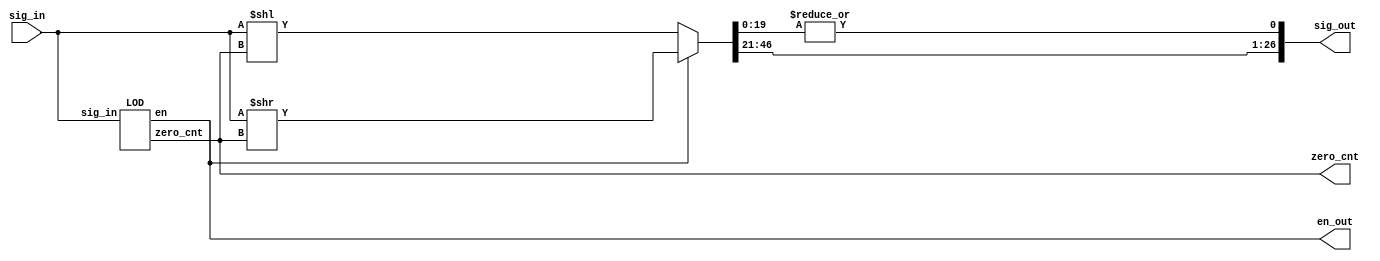
module normalize (sig_in, sig_out, zero_cnt, en_out);
    
    input [49:0] sig_in;
    output [26:0] sig_out;
    output [5:0] zero_cnt;
    output en_out;

    wire [49:0] tmp;
    wire s_bit, en;

    assign en_out = en;

    LOD lod (.sig_in(sig_in), .zero_cnt(zero_cnt), .en(en));

    assign tmp =  (en)? sig_in >> zero_cnt : sig_in << zero_cnt;
    assign s_bit = |tmp[19:0];
    assign sig_out = {tmp[46:21], s_bit};


endmodule










module LOD (sig_in, zero_cnt, en);

    input [49:0] sig_in;
    output reg en;
    output reg [5:0] zero_cnt;

    always @(sig_in) begin
        casex(sig_in)
            default : begin
                en = 1'b0;
                zero_cnt = 6'd0;
            end
            50'b1x_xxxx_xxxx_xxxx_xxxx_xxxx_xxxx_xxxx_xxxx_xxxx_xxxx_xxxx_xxxx :begin
                en = 1'b1;
                zero_cnt = 6'd3;
            end 
            50'b01_xxxx_xxxx_xxxx_xxxx_xxxx_xxxx_xxxx_xxxx_xxxx_xxxx_xxxx_xxxx : begin
                en = 1'b1;
                zero_cnt = 6'd2;
            end

            50'b00_1xxx_xxxx_xxxx_xxxx_xxxx_xxxx_xxxx_xxxx_xxxx_xxxx_xxxx_xxxx : begin
                en = 1'b1;
                zero_cnt = 6'd1;
            end
            50'b00_01xx_xxxx_xxxx_xxxx_xxxx_xxxx_xxxx_xxxx_xxxx_xxxx_xxxx_xxxx : begin
                en = 1'b1;
                zero_cnt = 6'd0;
            end
            50'b00_001x_xxxx_xxxx_xxxx_xxxx_xxxx_xxxx_xxxx_xxxx_xxxx_xxxx_xxxx : begin
                en = 1'b0;
                zero_cnt = 6'd1;
            end
            50'b00_0001_xxxx_xxxx_xxxx_xxxx_xxxx_xxxx_xxxx_xxxx_xxxx_xxxx_xxxx : begin
                en = 1'b0;
                zero_cnt = 6'd2;
            end
            50'b00_0000_1xxx_xxxx_xxxx_xxxx_xxxx_xxxx_xxxx_xxxx_xxxx_xxxx_xxxx : begin
                en = 1'b0;
                zero_cnt = 6'd3;
            end
            50'b00_0000_01xx_xxxx_xxxx_xxxx_xxxx_xxxx_xxxx_xxxx_xxxx_xxxx_xxxx : begin
                en = 1'b0;
                zero_cnt = 6'd4;
            end
            50'b00_0000_001x_xxxx_xxxx_xxxx_xxxx_xxxx_xxxx_xxxx_xxxx_xxxx_xxxx : begin
                en = 1'b0;
                zero_cnt = 6'd5;
            end
            50'b00_0000_0001_xxxx_xxxx_xxxx_xxxx_xxxx_xxxx_xxxx_xxxx_xxxx_xxxx : begin
                en = 1'b0;
                zero_cnt = 6'd6;
            end
            50'b00_0000_0000_1xxx_xxxx_xxxx_xxxx_xxxx_xxxx_xxxx_xxxx_xxxx_xxxx : begin
                en = 1'b0;
                zero_cnt = 6'd7;
            end
            50'b00_0000_0000_01xx_xxxx_xxxx_xxxx_xxxx_xxxx_xxxx_xxxx_xxxx_xxxx : begin
                en = 1'b0;
                zero_cnt = 6'd8;
            end
            50'b00_0000_0000_001x_xxxx_xxxx_xxxx_xxxx_xxxx_xxxx_xxxx_xxxx_xxxx : begin
                en = 1'b0;
                zero_cnt = 6'd9;
            end
            50'b00_0000_0000_0001_xxxx_xxxx_xxxx_xxxx_xxxx_xxxx_xxxx_xxxx_xxxx : begin
                en = 1'b0;
                zero_cnt = 6'd10;
            end
            50'b00_0000_0000_0000_1xxx_xxxx_xxxx_xxxx_xxxx_xxxx_xxxx_xxxx_xxxx : begin
                en = 1'b0;
                zero_cnt = 6'd11;
            end
            50'b00_0000_0000_0000_01xx_xxxx_xxxx_xxxx_xxxx_xxxx_xxxx_xxxx_xxxx : begin
                en = 1'b0;
                zero_cnt = 6'd12;
            end
            50'b00_0000_0000_0000_001x_xxxx_xxxx_xxxx_xxxx_xxxx_xxxx_xxxx_xxxx : begin
                en = 1'b0;
                zero_cnt = 6'd13;
            end
            50'b00_0000_0000_0000_0001_xxxx_xxxx_xxxx_xxxx_xxxx_xxxx_xxxx_xxxx : begin
                en = 1'b0;
                zero_cnt = 6'd14;
            end
            50'b00_0000_0000_0000_0000_1xxx_xxxx_xxxx_xxxx_xxxx_xxxx_xxxx_xxxx : begin
                en = 1'b0;
                zero_cnt = 6'd15;
            end
            50'b00_0000_0000_0000_0000_01xx_xxxx_xxxx_xxxx_xxxx_xxxx_xxxx_xxxx : begin
                en = 1'b0;
                zero_cnt = 6'd16;
            end
            50'b00_0000_0000_0000_0000_001x_xxxx_xxxx_xxxx_xxxx_xxxx_xxxx_xxxx : begin
                en = 1'b0;
                zero_cnt = 6'd17;
            end
            50'b00_0000_0000_0000_0000_0001_xxxx_xxxx_xxxx_xxxx_xxxx_xxxx_xxxx : begin
                en = 1'b0;
                zero_cnt = 6'd18;
            end
            50'b00_0000_0000_0000_0000_0000_1xxx_xxxx_xxxx_xxxx_xxxx_xxxx_xxxx : begin
                en = 1'b0;
                zero_cnt = 6'd19;
            end
            50'b00_0000_0000_0000_0000_0000_01xx_xxxx_xxxx_xxxx_xxxx_xxxx_xxxx : begin
                en = 1'b0;
                zero_cnt = 6'd20;
            end
            50'b00_0000_0000_0000_0000_0000_001x_xxxx_xxxx_xxxx_xxxx_xxxx_xxxx : begin
                en = 1'b0;
                zero_cnt = 6'd21;
            end
            50'b00_0000_0000_0000_0000_0000_0001_xxxx_xxxx_xxxx_xxxx_xxxx_xxxx : begin
                en = 1'b0;
                zero_cnt = 6'd22;
            end
            50'b00_0000_0000_0000_0000_0000_0000_1xxx_xxxx_xxxx_xxxx_xxxx_xxxx : begin
                en = 1'b0;
                zero_cnt = 6'd23;
            end
            50'b00_0000_0000_0000_0000_0000_0000_01xx_xxxx_xxxx_xxxx_xxxx_xxxx : begin
                en = 1'b0;
                zero_cnt = 6'd24;
            end
            50'b00_0000_0000_0000_0000_0000_0000_001x_xxxx_xxxx_xxxx_xxxx_xxxx : begin
                en = 1'b0;
                zero_cnt = 6'd25;
            end
            50'b00_0000_0000_0000_0000_0000_0000_0001_xxxx_xxxx_xxxx_xxxx_xxxx : begin
                en = 1'b0;
                zero_cnt = 6'd26;
            end
            50'b00_0000_0000_0000_0000_0000_0000_0000_1xxx_xxxx_xxxx_xxxx_xxxx : begin
                en = 1'b0;
                zero_cnt = 6'd27;
            end
            50'b00_0000_0000_0000_0000_0000_0000_0000_01xx_xxxx_xxxx_xxxx_xxxx : begin
                en = 1'b0;
                zero_cnt = 6'd28;
            end
            50'b00_0000_0000_0000_0000_0000_0000_0000_001x_xxxx_xxxx_xxxx_xxxx : begin
                en = 1'b0;
                zero_cnt = 6'd29;
            end
            50'b00_0000_0000_0000_0000_0000_0000_0000_0001_xxxx_xxxx_xxxx_xxxx : begin
                en = 1'b0;
                zero_cnt = 6'd30;
            end
            50'b00_0000_0000_0000_0000_0000_0000_0000_0000_1xxx_xxxx_xxxx_xxxx : begin
                en = 1'b0;
                zero_cnt = 6'd31;
            end
            50'b00_0000_0000_0000_0000_0000_0000_0000_0000_01xx_xxxx_xxxx_xxxx : begin
                en = 1'b0;
                zero_cnt = 6'd32;
            end
            50'b00_0000_0000_0000_0000_0000_0000_0000_0000_001x_xxxx_xxxx_xxxx : begin
                en = 1'b0;
                zero_cnt = 6'd33;
            end
            50'b00_0000_0000_0000_0000_0000_0000_0000_0000_0001_xxxx_xxxx_xxxx : begin
                en = 1'b0;
                zero_cnt = 6'd34;
            end
            50'b00_0000_0000_0000_0000_0000_0000_0000_0000_0000_1xxx_xxxx_xxxx : begin
                en = 1'b0;
                zero_cnt = 6'd35;
            end
            50'b00_0000_0000_0000_0000_0000_0000_0000_0000_0000_01xx_xxxx_xxxx : begin
                en = 1'b0;
                zero_cnt = 6'd36;
            end
            50'b00_0000_0000_0000_0000_0000_0000_0000_0000_0000_001x_xxxx_xxxx : begin
                en = 1'b0;
                zero_cnt = 6'd37;
            end
            50'b00_0000_0000_0000_0000_0000_0000_0000_0000_0000_0001_xxxx_xxxx : begin
                en = 1'b0;
                zero_cnt = 6'd38;
            end
            50'b00_0000_0000_0000_0000_0000_0000_0000_0000_0000_0000_1xxx_xxxx : begin
                en = 1'b0;
                zero_cnt = 6'd39;
            end
            50'b00_0000_0000_0000_0000_0000_0000_0000_0000_0000_0000_01xx_xxxx : begin
                en = 1'b0;
                zero_cnt = 6'd40;
            end
            50'b00_0000_0000_0000_0000_0000_0000_0000_0000_0000_0000_001x_xxxx : begin
                en = 1'b0;
                zero_cnt = 6'd41;
            end
            50'b00_0000_0000_0000_0000_0000_0000_0000_0000_0000_0000_0001_xxxx : begin
                en = 1'b0;
                zero_cnt = 6'd42;
            end
            50'b00_0000_0000_0000_0000_0000_0000_0000_0000_0000_0000_0000_1xxx : begin
                en = 1'b0;
                zero_cnt = 6'd43;
            end
            50'b00_0000_0000_0000_0000_0000_0000_0000_0000_0000_0000_0000_01xx : begin
                en = 1'b0;
                zero_cnt = 6'd44;
            end
            50'b00_0000_0000_0000_0000_0000_0000_0000_0000_0000_0000_0000_001x : begin
                en = 1'b0;
                zero_cnt = 6'd45;
            end
            50'b00_0000_0000_0000_0000_0000_0000_0000_0000_0000_0000_0000_0001 : begin
                en = 1'b0;
                zero_cnt = 6'd46;
            end
           
          
        endcase
    end  
endmodule